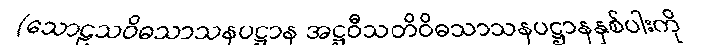
(သောဠသဝိဓသာသနပဋ္ဌာန အဋ္ဌဝီသတိဝိဓသာသနပဋ္ဌာနနှစ်ပါးကို